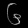
Digit: ၆